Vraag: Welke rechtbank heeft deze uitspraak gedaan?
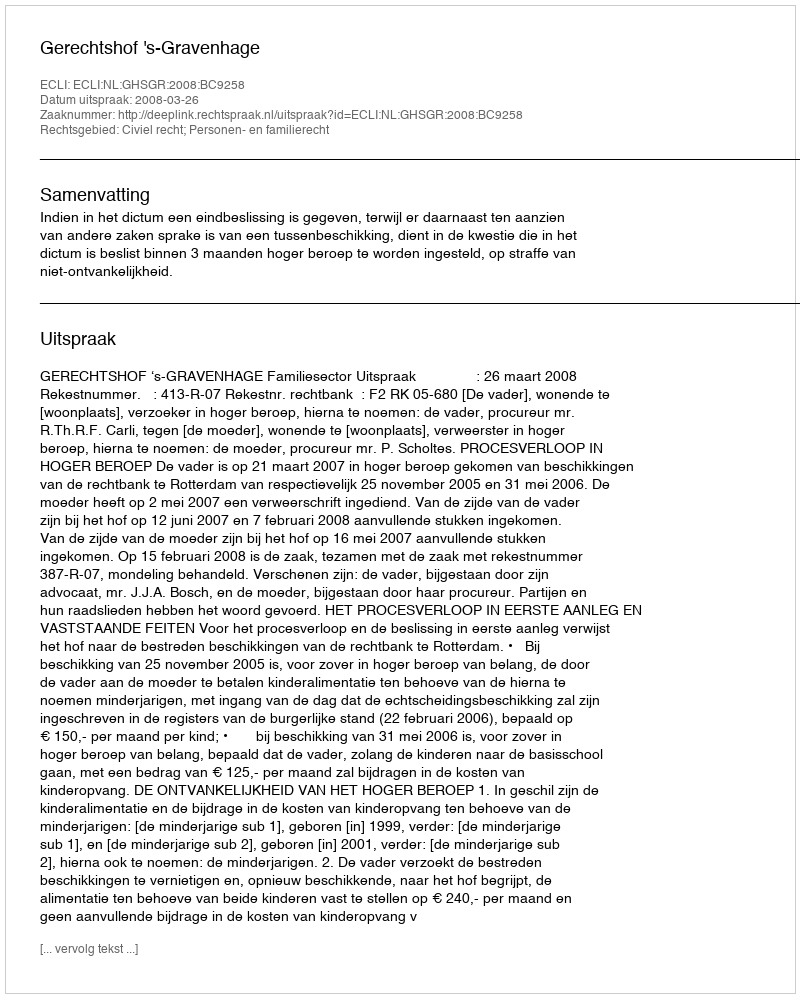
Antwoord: Gerechtshof 's-Gravenhage